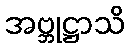
အဗ္ဘုဋ္ဌာသိ